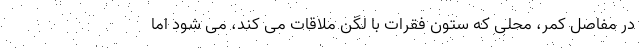
در مفاصل کمر، محلی که ستون فقرات با لگن ملاقات می کند، می شود اما